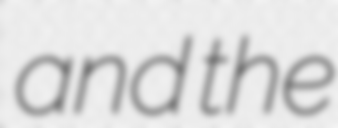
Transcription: and the